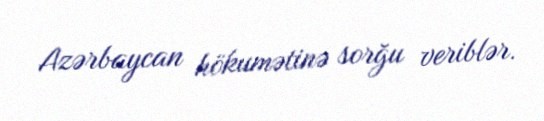
Azərbaycan hökumətinə sorğu veriblər.